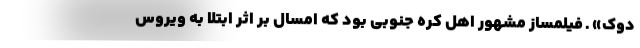
دوک» ـ فیلمساز مشهور اهل کره جنوبی بود که امسال بر اثر ابتلا به ویروس